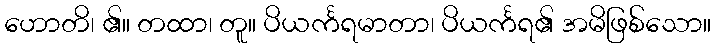
ဟောတိ၊ ၏။ တထာ၊ တူ။ ပိယင်္ကရမာတာ၊ ပိယင်္ကရ၏ အမိဖြစ်သော။